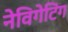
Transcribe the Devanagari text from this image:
नेविगेटिंग